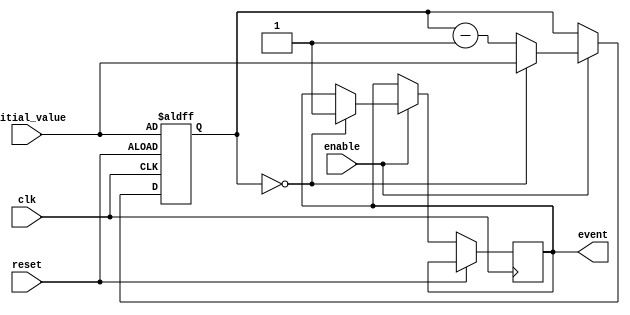
module event_timer (
    input wire clk,
    input wire reset,
    input wire enable,
    input wire [31:0] initial_value,
    output reg event
);

reg [31:0] counter;

always @(posedge clk or posedge reset) begin
    if (reset) begin
        counter <= initial_value;
    end else if (enable) begin
        if (counter == 0) begin
            event <= 1'b1;
            counter <= initial_value;
        end else begin
            counter <= counter - 1;
        end
    end
end

endmodule